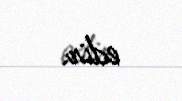
edir.